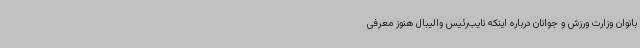
بانوان وزارت ورزش و جوانان درباره اینکه نایب‌رئیس والیبال هنوز معرفی